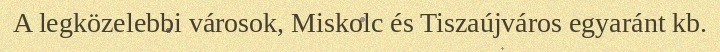
A legközelebbi városok, Miskolc és Tiszaújváros egyaránt kb.